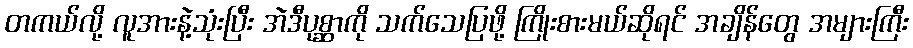
တကယ်လို့ လူအားနဲ့သုံးပြီး အဲဒီပုစ္ဆာကို သက်သေပြဖို့ ကြိုးစားမယ်ဆိုရင် အချိန်တွေ အများကြီး